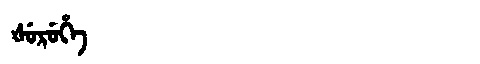
Manchu: ᡧᡠᡵᡠᡥᡝ
Romanization: ŠURUHE